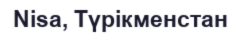
Nisa, Түрікменстан